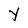
Character: Y